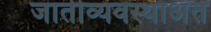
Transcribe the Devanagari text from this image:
जातीव्यवस्थाअंत